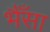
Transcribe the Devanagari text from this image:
भैँसा